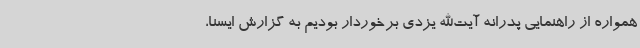
همواره از راهنمایی پدرانه آیت‌الله یزدی برخوردار بودیم به گزارش ایسنا،